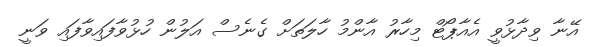
އޭނާ ވިދާޅުވީ އެއާޕޯޓް މިހާރު އާންމު ހާލަތަށް ގެނެސް އަލުން ހުޅުވާފައިވާފައި ވަނީ